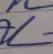
Signature authenticity: genuine